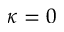
\kappa = 0